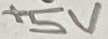
Text: +5V